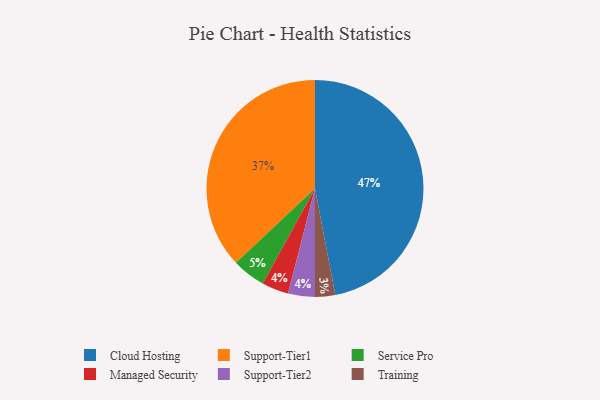
{"axis": {"x": "Category", "y": "Percentage"}, "legend": ["Cloud Hosting", "Managed Security", "Service Pro", "Support-Tier1", "Support-Tier2", "Training"], "data": [{"x": "Cloud Hosting", "y": 47, "type": "Cloud Hosting"}, {"x": "Training", "y": 3, "type": "Training"}, {"x": "Managed Security", "y": 4, "type": "Managed Security"}, {"x": "Support-Tier1", "y": 37, "type": "Support-Tier1"}, {"x": "Support-Tier2", "y": 4, "type": "Support-Tier2"}, {"x": "Service Pro", "y": 5, "type": "Service Pro"}]}